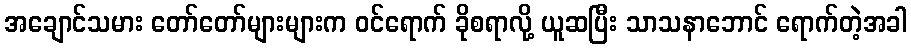
အချောင်သမား တော်တော်များများက ဝင်ရောက် ခိုစရာလို့ ယူဆပြီး သာသနာဘောင် ရောက်တဲ့အခါ